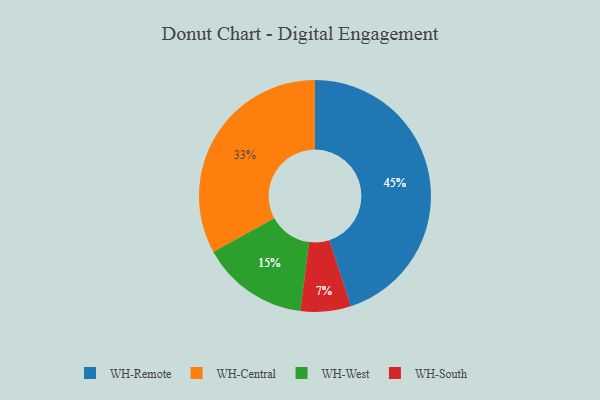
{"axis": {"x": "Category", "y": "Percentage"}, "legend": ["WH-Central", "WH-Remote", "WH-South", "WH-West"], "data": [{"x": "WH-West", "y": 15, "type": "WH-West"}, {"x": "WH-Central", "y": 33, "type": "WH-Central"}, {"x": "WH-South", "y": 7, "type": "WH-South"}, {"x": "WH-Remote", "y": 45, "type": "WH-Remote"}]}